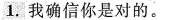
1.我确信你是对的。